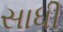
સાધી